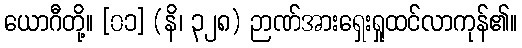
ယောဂီတို့။ [၀၁] (နိ၊ ၃၂၈) ဉာဏ်အားရှေးရှုထင်လာကုန်၏။